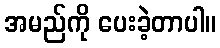
အမည်ကို ပေးခဲ့တာပါ။